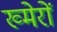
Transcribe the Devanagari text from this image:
ख्मेरों